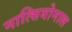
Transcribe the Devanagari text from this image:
नात्सियोनाल